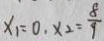
x _ { 1 } = 0 , x _ { 2 } = \frac { 8 } { 9 }